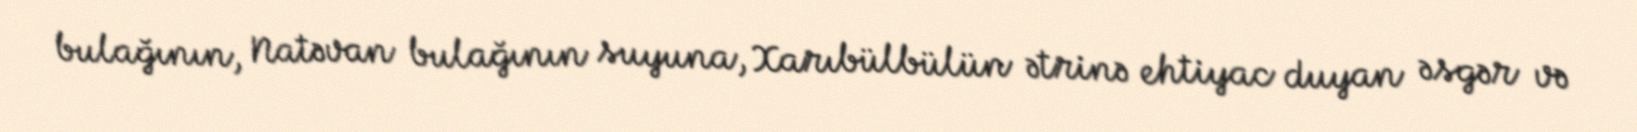
bulağının, Natəvan bulağının suyuna, Xarıbülbülün ətrinə ehtiyac duyan əsgər və